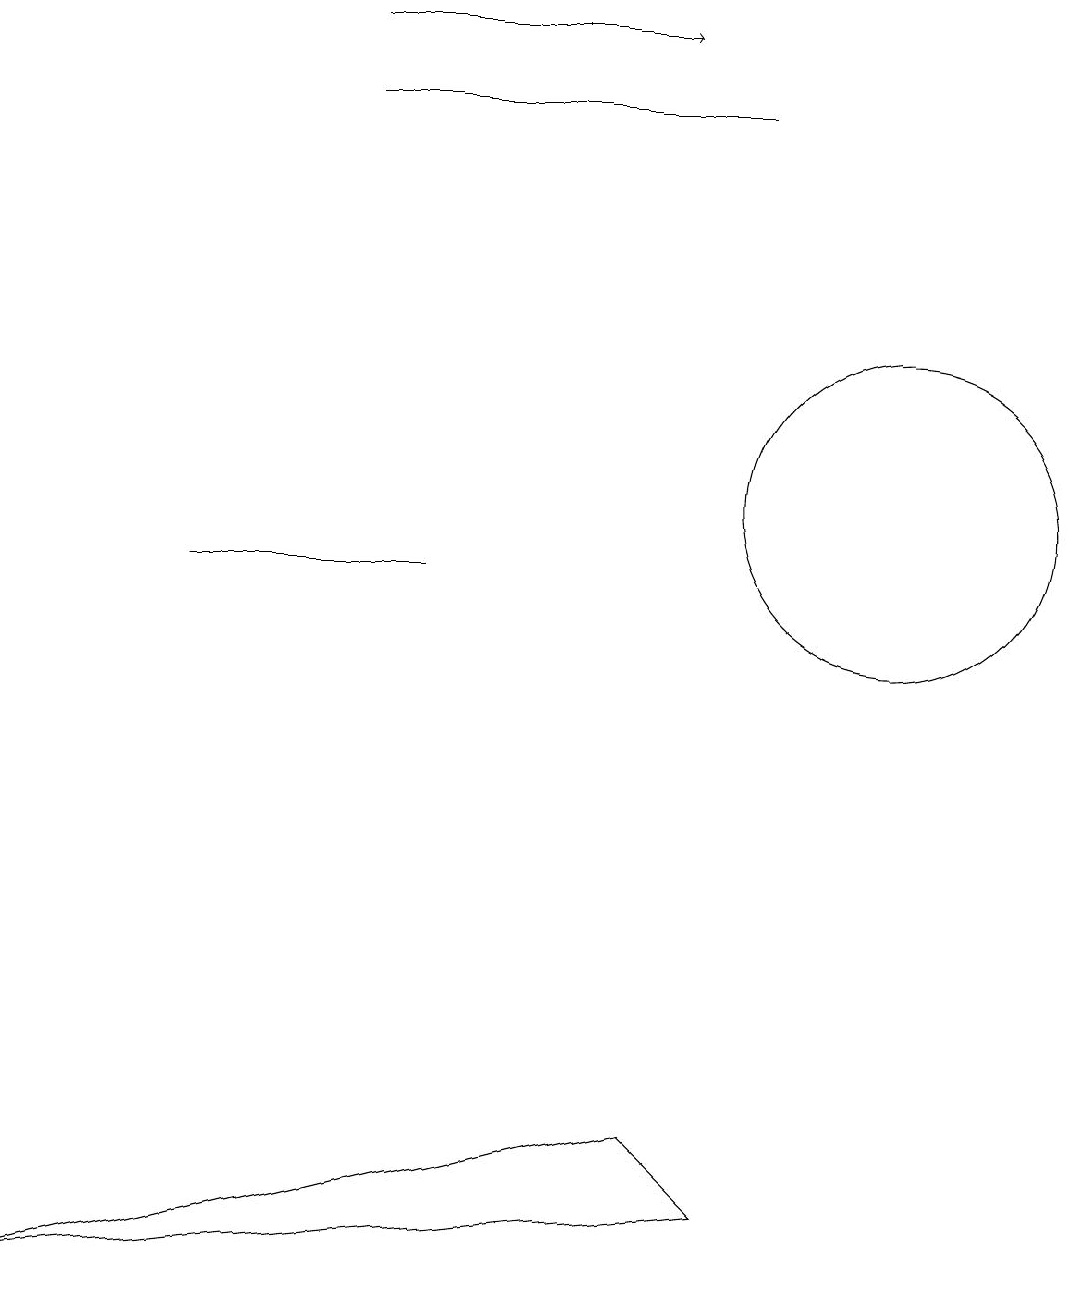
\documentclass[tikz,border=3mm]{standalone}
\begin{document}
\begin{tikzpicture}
\draw[->] (4,18) -- (8,18);
\draw (4,17) rectangle (9,17);
\draw (5,11) rectangle (2,11);
\draw (9,3) -- (0,2) -- (8,4) -- cycle;
\draw (11,12) circle (2);
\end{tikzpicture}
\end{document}